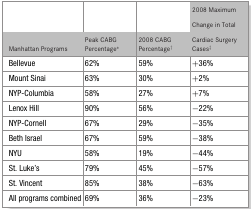
<table><thead><tr><td><b>Manhattan Programs</b></td><td><b>Peak CABG Percentage*</b></td><td><b>2008 CABG Percentage†</b></td><td><b>2008 Maximum Change in Total Cardiac Surgery Cases‡</b></td></tr></thead><tbody><tr><td>Bellevue</td><td>62%</td><td>59%</td><td>+36%</td></tr><tr><td>Mount Sinai</td><td>63%</td><td>30%</td><td>+2%</td></tr><tr><td>NYP-Columbia</td><td>58%</td><td>27%</td><td>+7%</td></tr><tr><td>Lenox Hill</td><td>90%</td><td>56%</td><td>−22%</td></tr><tr><td>NYP-Cornell</td><td>67%</td><td>29%</td><td>−35%</td></tr><tr><td>Beth Israel</td><td>67%</td><td>59%</td><td>−38%</td></tr><tr><td>NYU</td><td>58%</td><td>19%</td><td>−44%</td></tr><tr><td>St. Luke's</td><td>79%</td><td>45%</td><td>−57%</td></tr><tr><td>St. Vincent</td><td>85%</td><td>38%</td><td>−63%</td></tr><tr><td>All programs combined</td><td>69%</td><td>36%</td><td>−23%</td></tr></tbody></table>